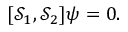
\lbrack \mathcal { S } _ { 1 } , \mathcal { S } _ { 2 } ] \psi = 0 .